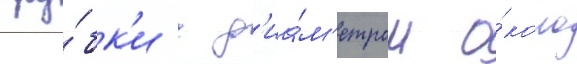
тру́бк'и с д'иа́м'етром о́коло